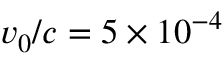
v _ { 0 } / c = 5 \times 1 0 ^ { - 4 }